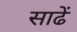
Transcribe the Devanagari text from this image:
साढें